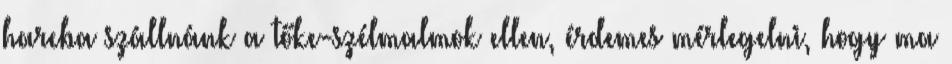
harcba szállnánk a tőke-szélmalmok ellen, érdemes mérlegelni, hogy ma